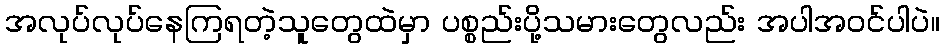
အလုပ်လုပ်နေကြရတဲ့သူတွေထဲမှာ ပစ္စည်းပို့သမားတွေလည်း အပါအဝင်ပါပဲ။